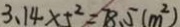
3 . 1 4 \times 5 ^ { 2 } = 7 8 . 5 ( m ^ { 2 } )